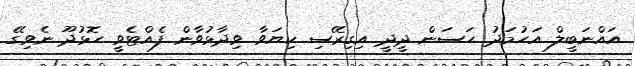
އައްނަބީލް އަޙުމަދު ޙަސަން ދީދީ އިގިރޭސި ކިޔަވާ ވިދާޅުވާން ފެއްޓެވީ ހޮޅުދޫ ނެވިގޭ